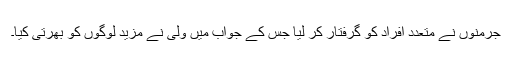
جرمنوں نے متعدد افراد کو گرفتار کر لیا جس کے جواب میں ولی نے مزید لوگوں کو بھرتی کیا۔